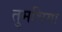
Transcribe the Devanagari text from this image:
तुमचिया